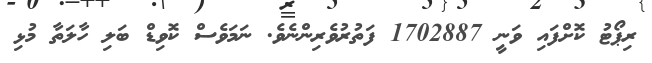
ރިޕޯޓު ކޮށްފައި ވަނީ 1702887 ފަތުރުވެރިންނެވެ. ނަމަވެސް ކޮވިޑް ބަލި ހާލަތާ މުޅި